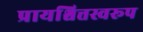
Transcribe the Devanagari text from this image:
प्रायश्चित्तस्वरूप